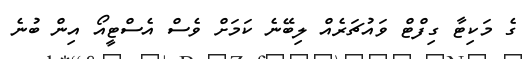
ގެ މަކިޓާ ގިފްޓް ވައުޗަރެއް ލިބޭނެ ކަމަށް ވެސް އެސްޓީއޯ އިން ބުނެ